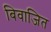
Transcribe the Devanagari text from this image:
बिवाजित